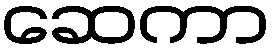
ဆေကာ